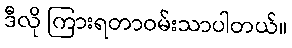
ဒီလို ကြားရတာဝမ်းသာပါတယ်။